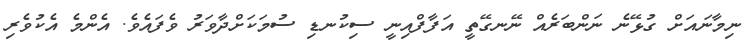
ނިމާނައަށް ގުޅޭނެ ނަންބަރެއް ނޭނގޭތީ އަފާފްއިނީ ސިކުނޑި ސުމަކަށްދާވަރު ވެފައެވެ. އެންމެ އެކުވެރި